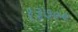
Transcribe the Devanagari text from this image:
१३७००